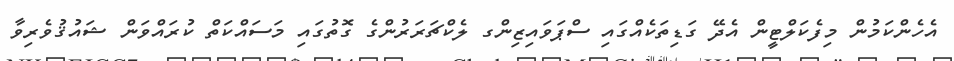
އެހެންކަމުން މިފެކަލްޓީން އެދޭ ގަޑިތަކެއްގައި ސްޕަވައިޒިންގ ލެކްޗަރަރުންގެ ގޮތުގައި މަސައްކަތް ކުރައްވަން ޝައުޤުވެރިވާ